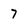
Character: 7